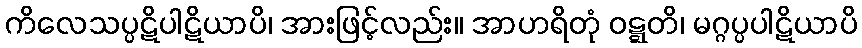
ကိလေသပ္ပဋိပါဋိယာပိ၊ အားဖြင့်လည်း။ အာဟရိတုံ ဝဋ္ဋတိ၊ မဂ္ဂပ္ပပါဋိယာပိ